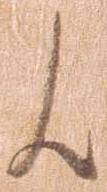
候